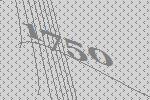
1750